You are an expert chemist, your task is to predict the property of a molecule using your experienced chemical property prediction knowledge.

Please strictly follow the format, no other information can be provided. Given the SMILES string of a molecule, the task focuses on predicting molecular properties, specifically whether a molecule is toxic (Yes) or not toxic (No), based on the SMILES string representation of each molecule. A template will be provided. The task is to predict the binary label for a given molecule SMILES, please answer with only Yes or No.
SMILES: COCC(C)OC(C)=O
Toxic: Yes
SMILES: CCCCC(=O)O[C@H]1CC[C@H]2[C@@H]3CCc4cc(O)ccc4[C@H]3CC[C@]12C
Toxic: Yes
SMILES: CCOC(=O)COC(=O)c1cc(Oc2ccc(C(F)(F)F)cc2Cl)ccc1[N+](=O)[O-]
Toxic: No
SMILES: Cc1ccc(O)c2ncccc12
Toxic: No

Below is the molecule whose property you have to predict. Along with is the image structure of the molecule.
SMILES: C=CC[C@]1(O)CC[C@H]2[C@@H]3CCC4=CC(=O)CCC4=C3C=C[C@@]21C
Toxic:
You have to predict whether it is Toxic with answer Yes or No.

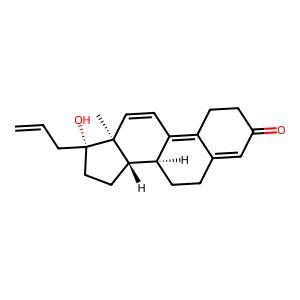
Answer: Yes